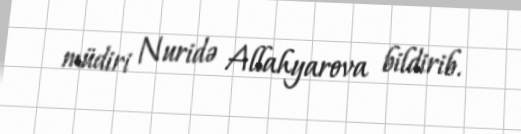
müdiri Nuridə Allahyarova bildirib.